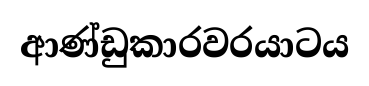
ආණ්ඩුකාරවරයාටය